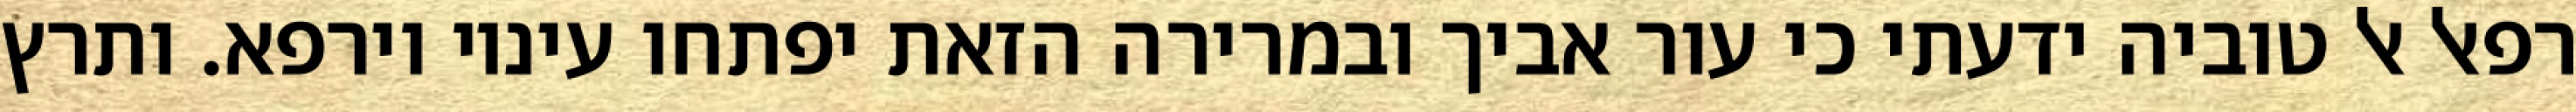
רפאל אל טוביה ידעתי כי עור אביך ובמרירה הזאת יפתחו עיניו וירפא. ותרץ